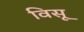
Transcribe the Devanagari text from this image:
विसू